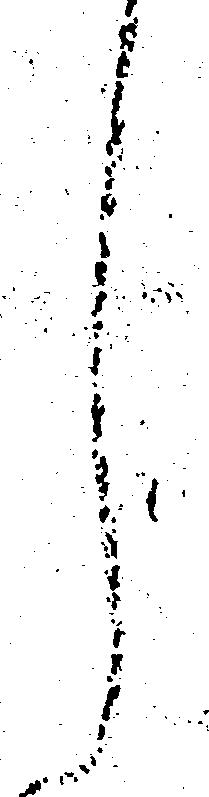
し